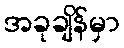
အခုချိန်မှာ